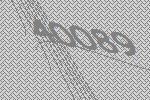
40089